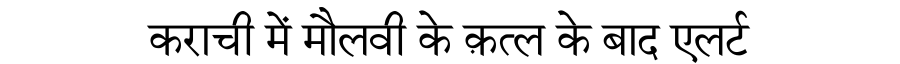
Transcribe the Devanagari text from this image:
कराची में मौलवी के क़त्ल के बाद एलर्ट